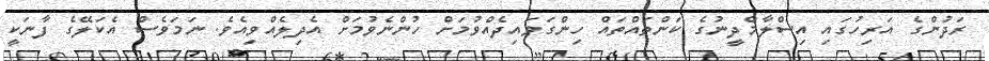
ރަދުންގެ އަރިހުގައި އިސްލާމްދީނުގެ ކަންތައްތައް ހިންގަވައިދެއްވުމަށް ހުންނެވުމަށް އެދިލެއްވިއެވެ. ނަމަވެސް އެކަލޭގެ ފާނަކީ